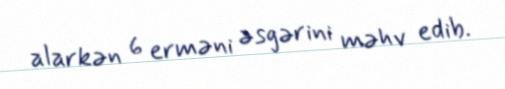
alarkən 6 erməni əsgərini məhv edib.